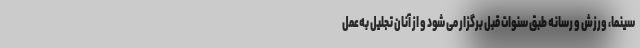
سینما، ورزش و رسانه طبق سنوات قبل برگزار می شود و از آنان تجلیل به‌عمل